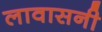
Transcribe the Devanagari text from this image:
लावासनी